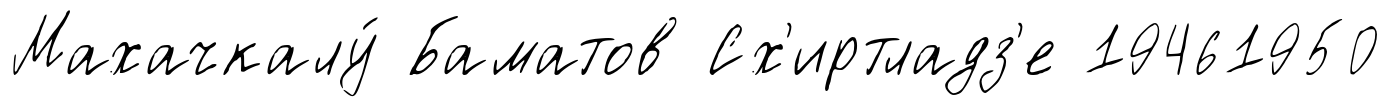
Махачкалу́ Баматов Сх'иртладз'е 19461950